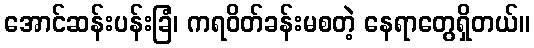
အောင်ဆန်းပန်းခြံ၊ ကရဝိတ်ခန်းမစတဲ့ နေရာတွေရှိတယ်။